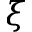
\xi